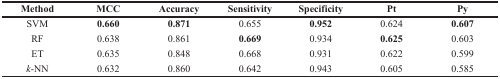
| Method | MCC | Accuracy | Sensitivity | Specificity | Pt | Py |
 | --- | --- | --- | --- | --- | --- | --- |
 | SVM | 0.660 | 0.871 | 0.655 | 0.952 | 0.624 | 0.607 |
 | RF | 0.638 | 0.861 | 0.669 | 0.934 | 0.625 | 0.603 |
 | ET | 0.635 | 0.848 | 0.668 | 0.931 | 0.622 | 0.599 |
 | k-NN | 0.632 | 0.860 | 0.642 | 0.943 | 0.605 | 0.585 |